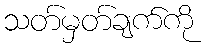
သတ်မှတ်ချက်ကို